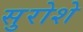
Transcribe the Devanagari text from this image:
सुरोशे